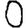
Digit: 0